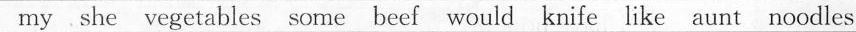
my she vegetables some beef would knife like aunt noodles